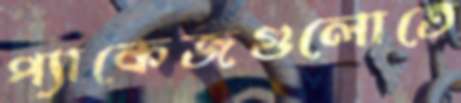
প্যাকেজগুলোতে